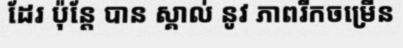
ដែរ ប៉ុន្តែ បាន ស្គាល់ នូវ ភាពរីកចម្រើន